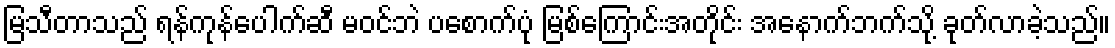
မြသီတာသည် ရန်ကုန်ပေါက်ဆီ မဝင်ဘဲ ပစောက်ပုံ မြစ်ကြောင်းအတိုင်း အနောက်ဘက်သို့ ခုတ်လာခဲ့သည်။